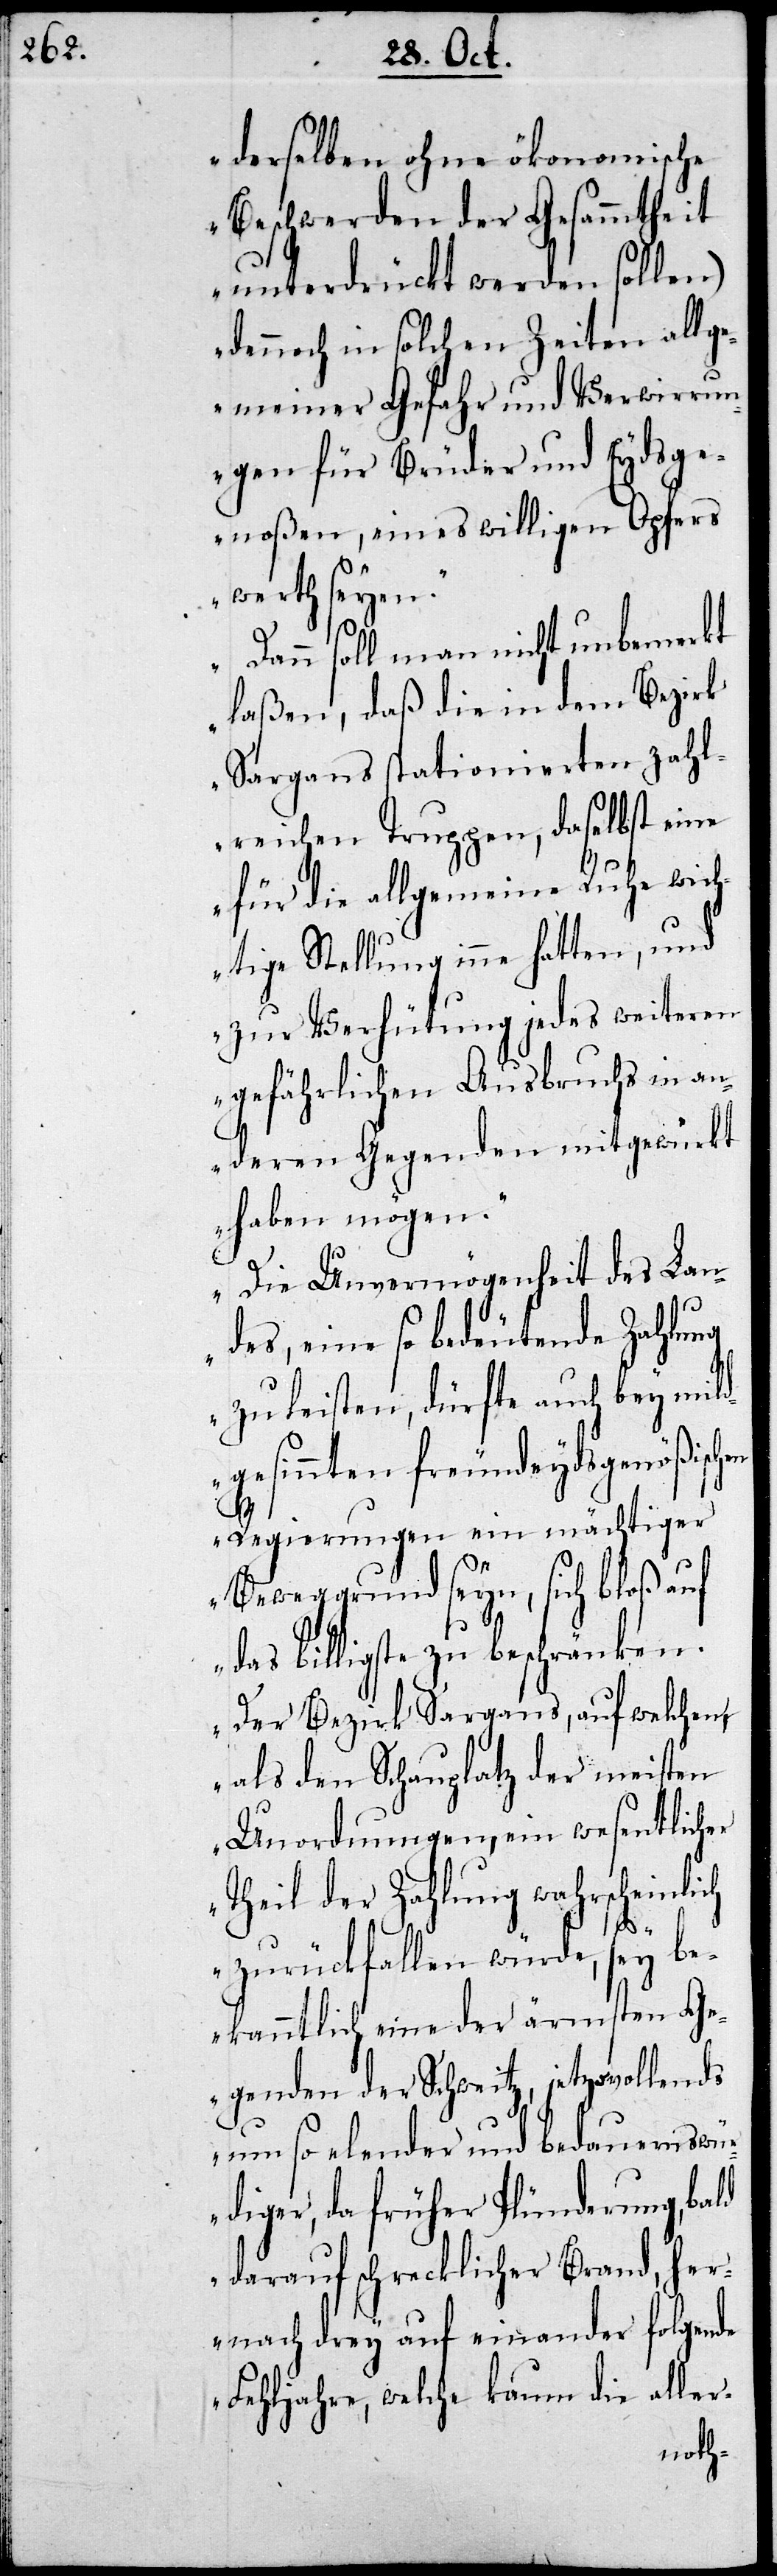
derselben ohne ökonomische
Beschwerden der Gesammtheit
unterdrückt werden sollen)
dennoch in solchen Zeiten allge¬
meiner Gefahr und Verwirrun¬
gen für Brüder und Eydsge¬
noßen, eines willigen Opfers
werth seyen.
Dann soll man nicht unbemerkt
laßen, daß die in dem Bezirk
Sargans stationierten zahl¬
für die allgemeine Ruhe wich¬
tige Stellung inne hatten, und
zur Verhütung jedes weiteren
gefährlichen Ausbruchs in an¬
deren Gegenden mitgewürkt
haben mögen.
Die Unvermögenheit des Lan¬
des, eine so bedeutende Zahlung
zu leisten, dürfte auch bey mild¬
gesinnten freundeydsgenößisch¬
en
Regierungen ein mächtiger
Beweggrund seyn, sich bloß auf
das billigste zu beschränken.
Der Bezirk Sargans, auf welchen,
als den Schauplatz der meisten
Unordnungen, ein wesentlicher
Theil der Zahlung wahrscheinlich
zurückfallen würde, sey be¬
kanntlich eine der ärmsten Ge¬
genden der Schweitz, jetzo vollends
um so elender und bedauernswü¬
rdiger, da früher Plünderung, bald
darauf schrecklicher Brand, her¬
nach drey auf einander folgende
Fehljahre, welche kaum die aller-
reichen